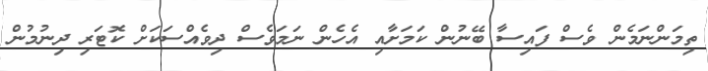
ތިމަންނަމެން ވެސް ފައިސާ ބޭނުން ކަމަށާއި އެހެން ނަމަވެސް ދިވެއްސަކަށް ކޮޓަރި ދިނުމުން